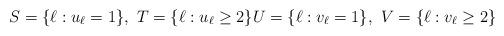
LaTeX: \begin{align*} S=\{\ell : u_\ell=1\},\,\, T=\{\ell : u_\ell \geq 2\} U=\{\ell : v_\ell=1\},\,\, V=\{\ell : v_\ell \geq 2\} \end{align*}